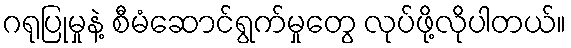
ဂရုပြုမှုနဲ့ စီမံဆောင်ရွက်မှုတွေ လုပ်ဖို့လိုပါတယ်။